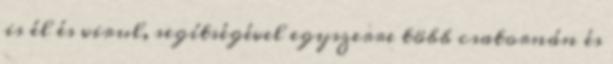
is él és virul, segítségével egyszerre több csatornán és